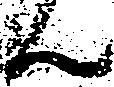
ん